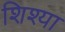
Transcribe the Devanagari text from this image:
शिश्या